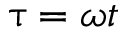
\uptau = \omega t